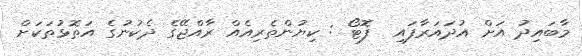
މާބައިދު އަށް އުދައަރާފައި  ފޮޓޯ : ކިޔުންތެރިއެއް ރާއްޖޭގެ ދެކުނުގެ އަތޮޅުތަކަށް